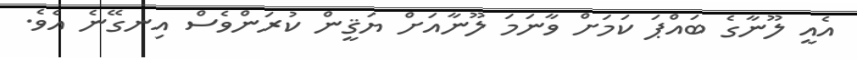
އެއީ ލޫނާގެ ބައްޕަ ކަމަށް ވާނަމަ ލޫނާއަށް ޔަޤީން ކުރަންވެސް އިނގޭނެ އެވެ.